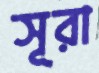
সূরা